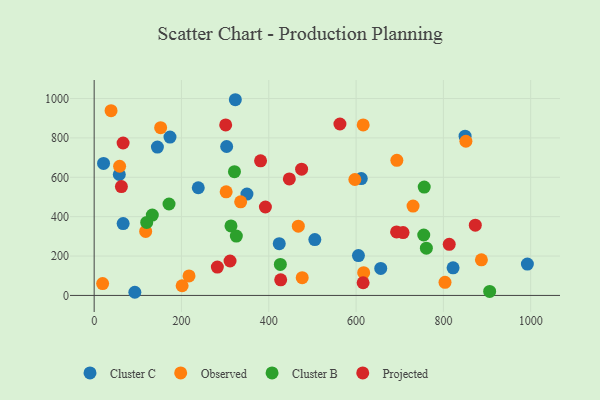
{"axis": {"x": "Study Hours", "y": "Salary"}, "legend": ["Cluster B", "Cluster C", "Observed", "Projected"], "data": [{"x": "424.0", "y": 262.6, "type": "Cluster C"}, {"x": "303.5", "y": 756.5, "type": "Cluster C"}, {"x": "238.5", "y": 547.0, "type": "Cluster C"}, {"x": "605.4", "y": 202.2, "type": "Cluster C"}, {"x": "849.7", "y": 808.8, "type": "Cluster C"}, {"x": "656.5", "y": 137.1, "type": "Cluster C"}, {"x": "144.9", "y": 753.7, "type": "Cluster C"}, {"x": "323.4", "y": 994.0, "type": "Cluster C"}, {"x": "66.4", "y": 365.1, "type": "Cluster C"}, {"x": "57.6", "y": 614.3, "type": "Cluster C"}, {"x": "350.0", "y": 515.0, "type": "Cluster C"}, {"x": "173.7", "y": 804.4, "type": "Cluster C"}, {"x": "93.2", "y": 16.0, "type": "Cluster C"}, {"x": "505.5", "y": 283.6, "type": "Cluster C"}, {"x": "21.5", "y": 670.4, "type": "Cluster C"}, {"x": "992.4", "y": 159.1, "type": "Cluster C"}, {"x": "611.9", "y": 593.7, "type": "Cluster C"}, {"x": "822.2", "y": 140.2, "type": "Cluster C"}, {"x": "730.5", "y": 453.7, "type": "Observed"}, {"x": "803.7", "y": 66.6, "type": "Observed"}, {"x": "152.3", "y": 852.1, "type": "Observed"}, {"x": "335.6", "y": 475.4, "type": "Observed"}, {"x": "118.0", "y": 324.9, "type": "Observed"}, {"x": "58.3", "y": 656.1, "type": "Observed"}, {"x": "851.6", "y": 783.1, "type": "Observed"}, {"x": "887.1", "y": 180.8, "type": "Observed"}, {"x": "201.5", "y": 49.2, "type": "Observed"}, {"x": "19.4", "y": 60.2, "type": "Observed"}, {"x": "217.3", "y": 98.9, "type": "Observed"}, {"x": "597.2", "y": 588.7, "type": "Observed"}, {"x": "693.4", "y": 686.4, "type": "Observed"}, {"x": "38.7", "y": 938.2, "type": "Observed"}, {"x": "302.4", "y": 526.3, "type": "Observed"}, {"x": "467.7", "y": 351.7, "type": "Observed"}, {"x": "616.3", "y": 866.2, "type": "Observed"}, {"x": "617.4", "y": 115.6, "type": "Observed"}, {"x": "476.6", "y": 90.3, "type": "Observed"}, {"x": "426.5", "y": 157.5, "type": "Cluster B"}, {"x": "755.0", "y": 306.8, "type": "Cluster B"}, {"x": "133.2", "y": 408.3, "type": "Cluster B"}, {"x": "313.4", "y": 353.0, "type": "Cluster B"}, {"x": "171.5", "y": 464.3, "type": "Cluster B"}, {"x": "325.7", "y": 301.3, "type": "Cluster B"}, {"x": "761.0", "y": 239.9, "type": "Cluster B"}, {"x": "756.1", "y": 550.2, "type": "Cluster B"}, {"x": "120.4", "y": 370.6, "type": "Cluster B"}, {"x": "321.4", "y": 628.5, "type": "Cluster B"}, {"x": "906.0", "y": 20.3, "type": "Cluster B"}, {"x": "616.1", "y": 64.5, "type": "Projected"}, {"x": "873.1", "y": 357.0, "type": "Projected"}, {"x": "447.1", "y": 591.8, "type": "Projected"}, {"x": "66.3", "y": 774.1, "type": "Projected"}, {"x": "282.2", "y": 143.8, "type": "Projected"}, {"x": "392.3", "y": 449.2, "type": "Projected"}, {"x": "692.8", "y": 322.7, "type": "Projected"}, {"x": "563.0", "y": 870.7, "type": "Projected"}, {"x": "311.3", "y": 174.8, "type": "Projected"}, {"x": "301.3", "y": 866.0, "type": "Projected"}, {"x": "427.3", "y": 79.4, "type": "Projected"}, {"x": "707.6", "y": 319.3, "type": "Projected"}, {"x": "813.4", "y": 259.3, "type": "Projected"}, {"x": "62.4", "y": 552.8, "type": "Projected"}, {"x": "475.2", "y": 641.4, "type": "Projected"}, {"x": "381.2", "y": 683.8, "type": "Projected"}]}